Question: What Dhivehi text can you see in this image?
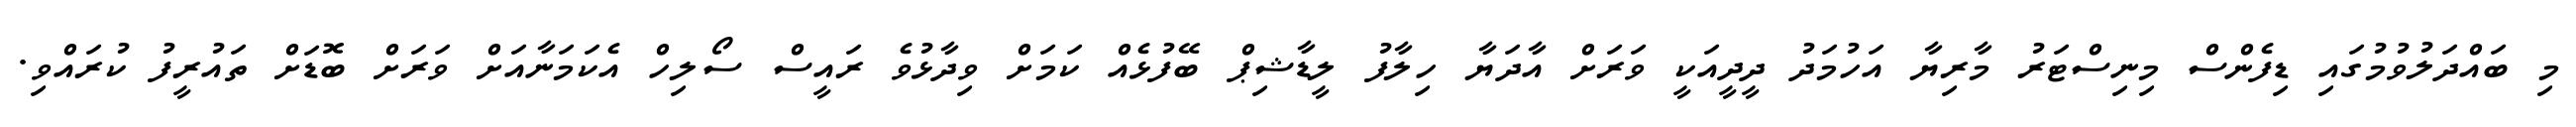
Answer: މި ބައްދަލުވުމުގައި ޑިފެންސް މިނިސްޓަރު މާރިޔާ އަހުމަދު ދީދީއަކީ ވަރަށް އާދަޔާ ހިލާފު ލީޑާޝިޕް ބޭފުޅެއް ކަމަށް ވިދާޅުވެ ރައީސް ސޯލިހް އެކަމަނާއަށް ވަރަށް ބޮޑަށް ތައުރީފު ކުރައްވި.